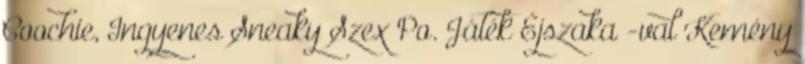
Coochie, Ingyenes Sneaky Szex Po. Játék Éjszaka -val Kemény